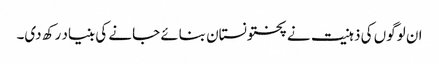
ان لوگوں کی ذہنیت نے پختونستان بنائے جانے کی بنیاد رکھ دی۔